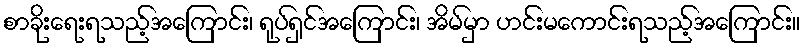
စာခိုးရေးရသည့်အကြောင်း၊ ရုပ်ရှင်အကြောင်း၊ အိမ်မှာ ဟင်းမကောင်းရသည့်အကြောင်း။